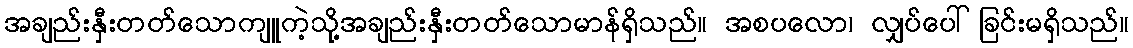
အချည်းနှီးတတ်သောကျူကဲ့သို့အချည်းနှီးတတ်သောမာန်ရှိသည်။ အစပလော၊ လျှပ်ပေါ်ခြင်းမရှိသည်။